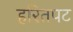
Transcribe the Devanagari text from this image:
हरितपट